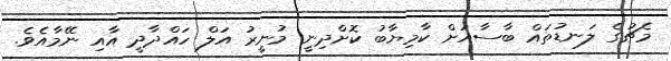
މެޗުގެ ލަނޑުތައް ބާސާއަށް ކާމިޔާބު ކޮށްދިނީ މުނީރު އަލް ހައްދާދީ އާއި ނޭމާއެވެ.